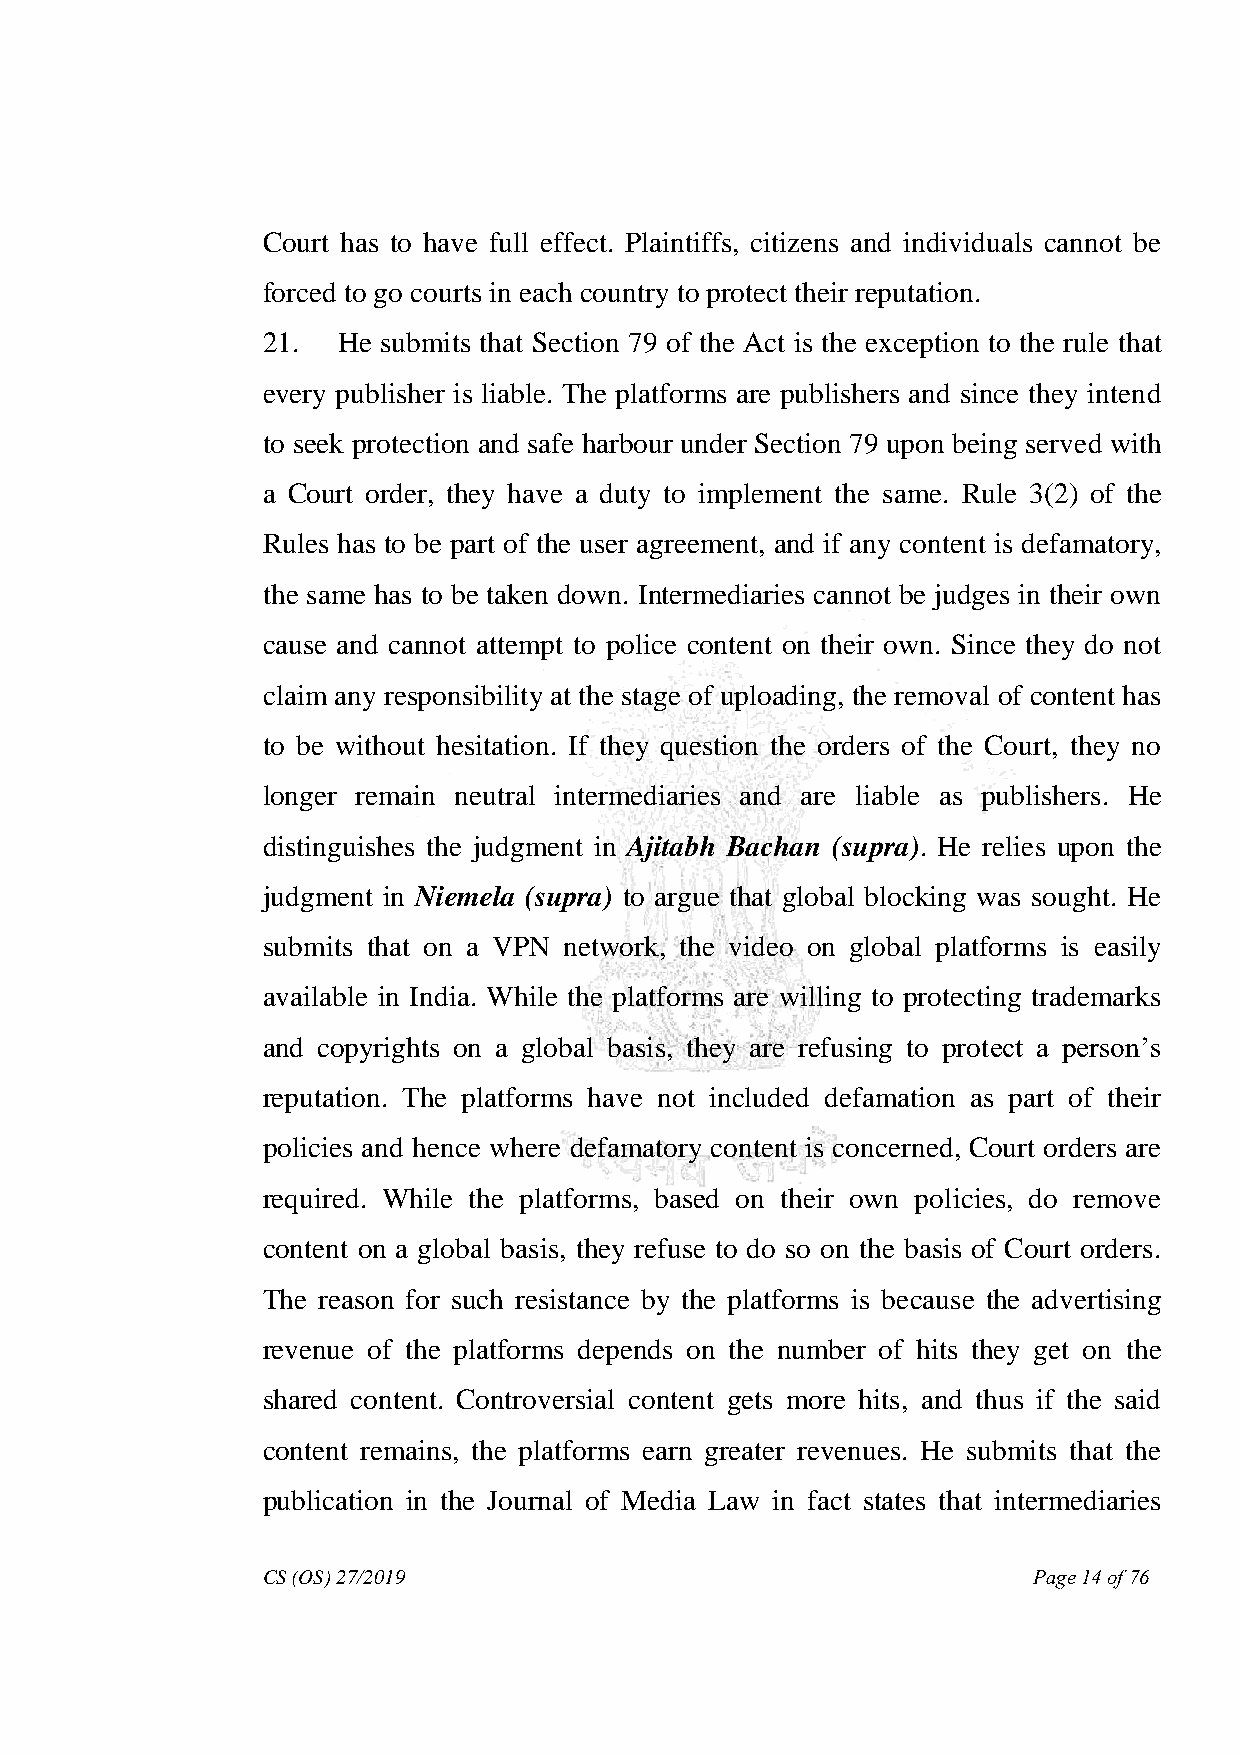
Court has to have full effect. Plaintiffs, citizens and individuals cannot be
 forced to go courts in each country to protect their reputation.
 21.  He submits that Section 79 of the Act is the exception to the rule that
 every publisher is liable. The platforms are publishers and since they intend
 to seek protection and safe harbour under Section 79 upon being served with
 a Court order, they have a duty to implement the same. Rule 3(2) of the
 Rules has to be part of the user agreement, and if any content is defamatory,
 the same has to be taken down. Intermediaries cannot be judges in their own
 cause and cannot attempt to police content on their own. Since they do not
 claim any responsibility at the stage of uploading, the removal of content has
 to be without hesitation. If they question the orders of the Court, they no
 longer remain neutral intermediaries and are liable as publishers. He
 distinguishes the judgment in Ajitabh Bachan (supra). He relies upon the
 judgment in Niemela (supra) to argue that global blocking was sought. He
 submits that on a VPN network, the video on global platforms is easily
 available in India. While the platforms are willing to protecting trademarks
 and copyrights on a global basis, they are refusing to protect a person‟s
 reputation. The platforms have not included defamation as part of their
 policies and hence where defamatory content is concerned, Court orders are
 required. While the platforms, based on their own policies, do remove
 content on a global basis, they refuse to do so on the basis of Court orders.
 The reason for such resistance by the platforms is because the advertising
 revenue of the platforms depends on the number of hits they get on the
 shared content. Controversial content gets more hits, and thus if the said
 content remains, the platforms earn greater revenues. He submits that the
 publication in the Journal of Media Law in fact states that intermediaries
 CS (OS) 27/2019                                    Page 14 of 76